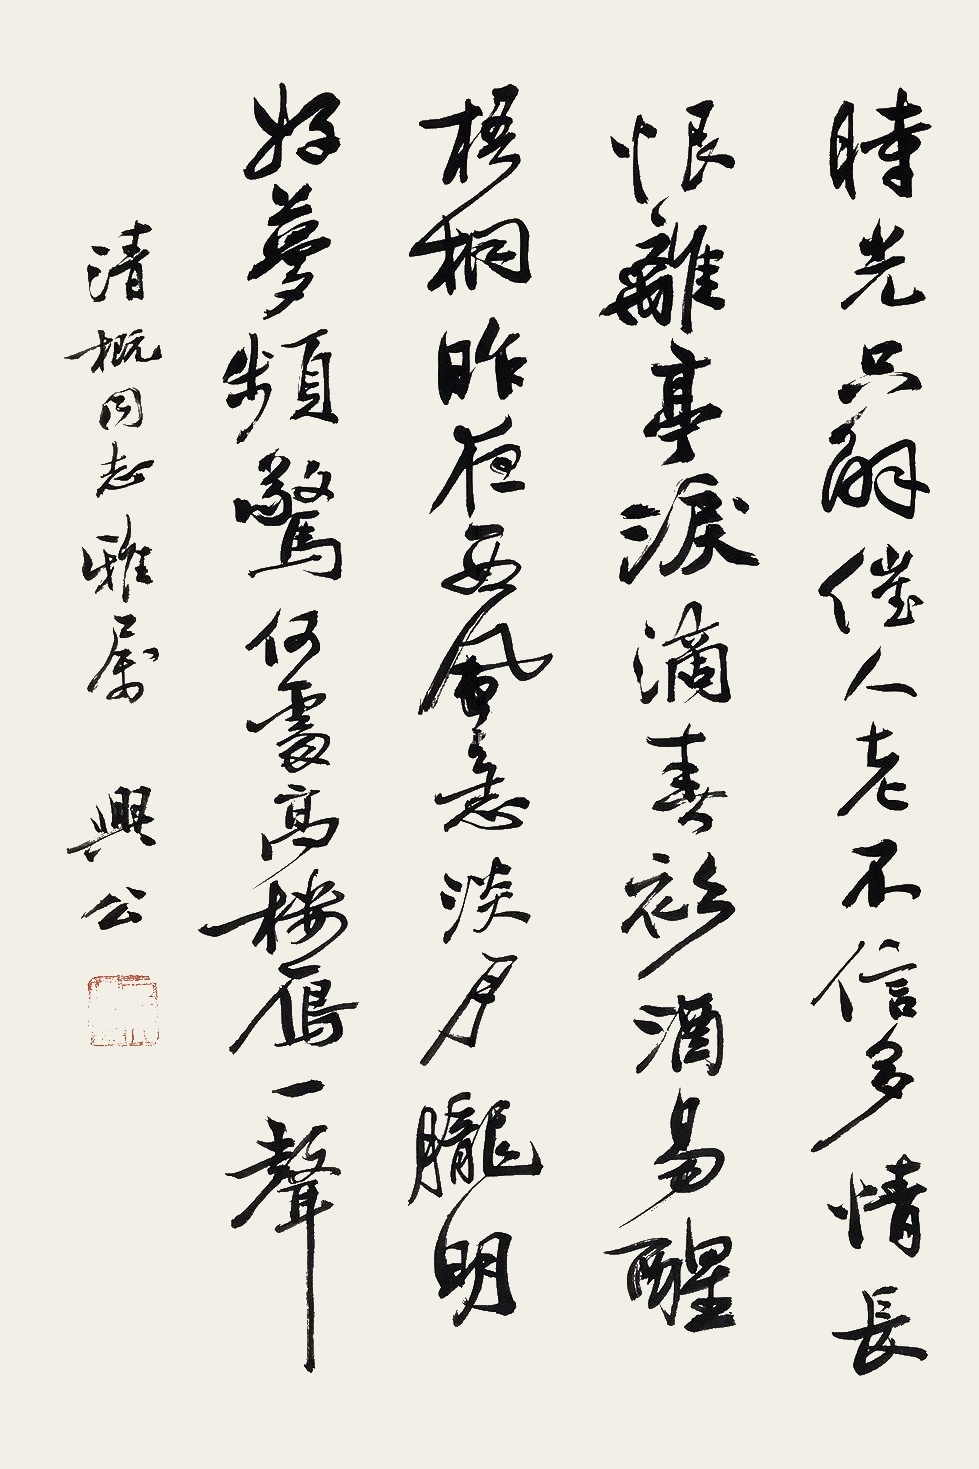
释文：时光只解催人老，不信多情，长恨离亭，泪滴春衫酒易醒。梧桐昨夜西风急，淡月胧明，好梦频惊，何处高楼雁一声？清概同志雅属，兴公。